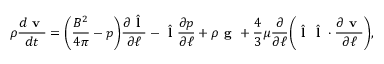
\rho \frac { d \textbf { v } } { d t } = \Bigg ( \frac { B ^ { 2 } } { 4 \pi } - p \Bigg ) \frac { \partial \hat { \textbf { l } } } { \partial \ell } - \hat { \textbf { l } } \frac { \partial p } { \partial \ell } + \rho \textbf { g } + \frac { 4 } { 3 } \mu \frac { \partial } { \partial \ell } \Bigg ( \hat { \textbf { l } } \hat { \textbf { l } } \cdot \frac { \partial \textbf { v } } { \partial \ell } \Bigg ) ,